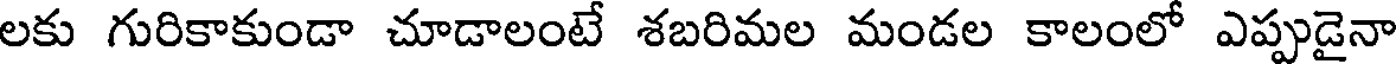
లకు గురికాకుండా చూడాలంటే శబరిమల మండల కాలంలో ఎప్పుడైనా